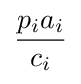
{\frac {p_{i}a_{i}}{c_{i}}}